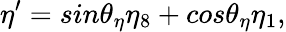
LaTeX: \eta^{\prime}=sin\theta_{\eta}\eta_{8}+cos\theta_{\eta}\eta_{1},